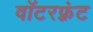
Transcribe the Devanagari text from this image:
वॉटरफ़्रंट